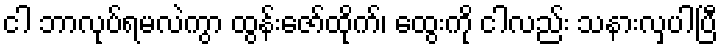
ငါ ဘာလုပ်ရမလဲကွာ ထွန်းဇော်ထိုက်၊ ထွေးကို ငါလည်း သနားလှပါပြီ